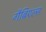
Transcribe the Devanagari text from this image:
गैब्रिएल्स